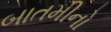
બાતમીનો